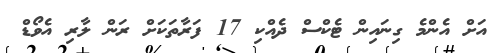
އަށް އެންމެ ގިނައިން ޓެކްސް ދެއްކި 17 ފަރާތަކަށް ރަން ލާރި އެވޯޑް